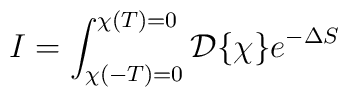
I = \int_{\chi(-T)=0}^{\chi(T)=0} {\cal D}\{\chi\} e^{-\Delta S}